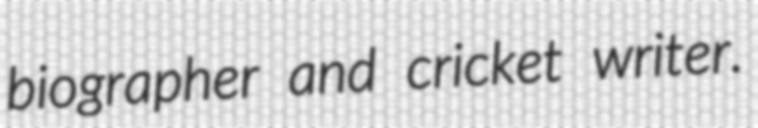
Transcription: biographer and cricket writer.